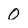
Character: 0